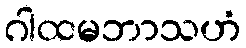
ဂါထမဘာသဟံ